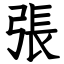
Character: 張